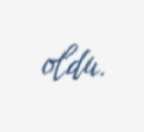
oldu.